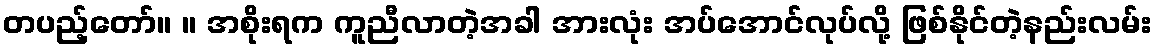
တပည့်တော်။ ။ အစိုးရက ကူညီလာတဲ့အခါ အားလုံး အပ်အောင်လုပ်လို့ ဖြစ်နိုင်တဲ့နည်းလမ်း